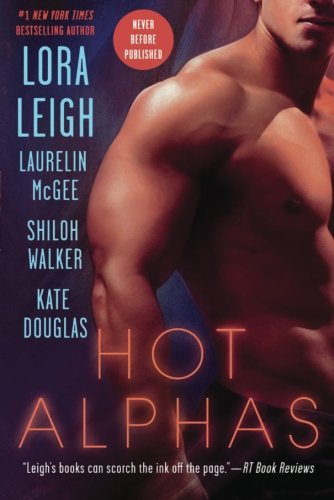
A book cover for Hot Alphas; Lora Leigh; Romance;